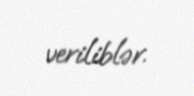
veriliblər.